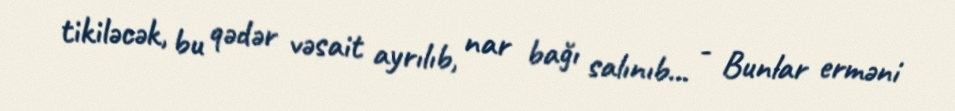
tikiləcək, bu qədər vəsait ayrılıb, nar bağı salınıb... - Bunlar erməni